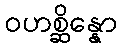
ဝဟစ္ဆိန္နော